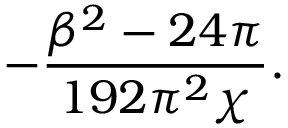
- \frac { \beta ^ { 2 } - 2 4 \pi } { 1 9 2 \pi ^ { 2 } \chi } .